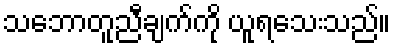
သဘောတူညီချက်ကို ယူရသေးသည်။